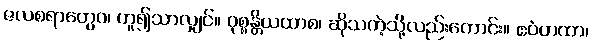
ဇလစရာတွေဝ၊ ဟူ၍သာလျှင်။ ဝုစ္စန္တိယထာစ၊ ဆိုသကဲ့သို့လည်းကောင်း။ ဧဝံတထာ၊